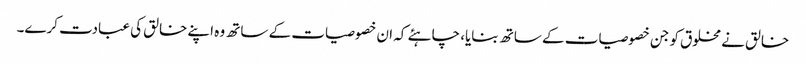
خالق نے مخلوق کو جن خصوصیات کے ساتھ بنایا، چاہئے کہ ان خصوصیات کے ساتھ وہ اپنے خالق کی عبادت کرے۔